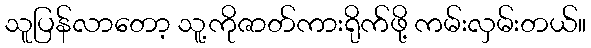
သူပြန်လာတော့ သူ့ကိုဇာတ်ကားရိုက်ဖို့ ကမ်းလှမ်းတယ်။